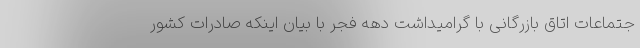
جتماعات اتاق بازرگانی با گرامیداشت دهه فجر با بیان اینکه صادرات کشور